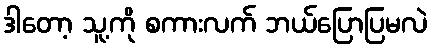
ဒါတော့ သူ့ကို စကားလက် ဘယ်ပြောပြမလဲ